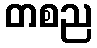
တစည